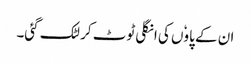
ان کے پاوٗں کی انگلی ٹوٹ کر لٹک گئی۔